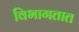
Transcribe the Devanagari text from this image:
विभागतात